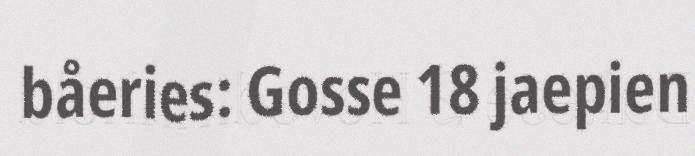
båeries: Gosse 18 jaepien